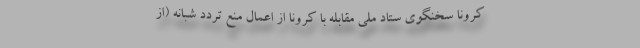
کرونا سخنگوی ستاد ملی مقابله با کرونا از اعمال منع تردد شبانه (از